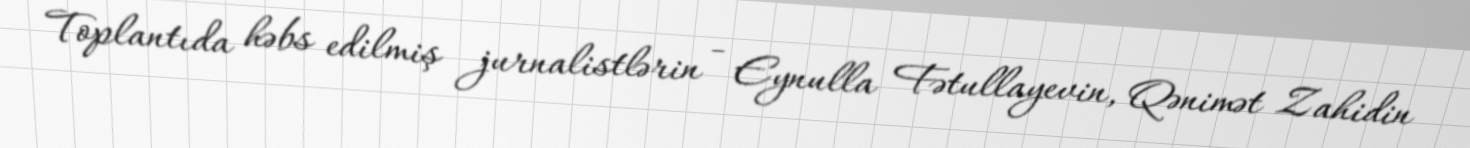
Toplantıda həbs edilmiş jurnalistlərin - Eynulla Fətullayevin, Qənimət Zahidin